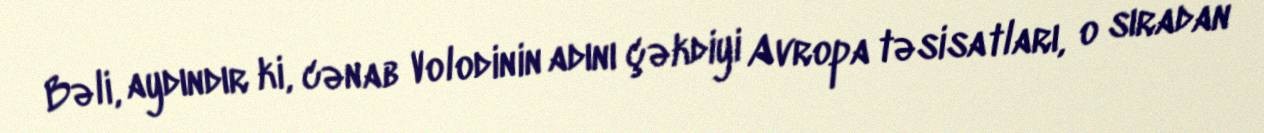
Bəli, aydındır ki, cənab Volodinin adını çəkdiyi Avropa təsisatları, o sıradan